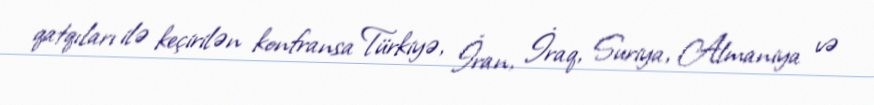
qatqıları ilə keçirilən konfransa Türkiyə, İran, İraq, Suriya, Almaniya və